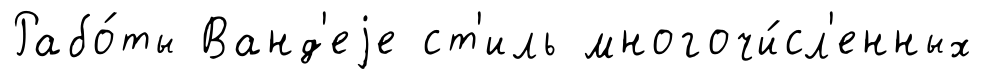
Рабо́ты Ванд'еjе ст'иль многочи́сл'енных